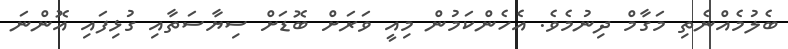
ބެލުމެއްނެތި މަގާމް ދިނުމެވެ. އެހެންކަމުން މިއީ ވަރަށް ބޮޑަށް ސިޔާސަތާއި ގުޅިފައި އޮންނަ